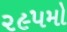
૨૯૫મો